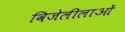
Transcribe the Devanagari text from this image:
विजेलीलाओं